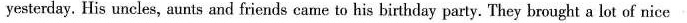
yesterday. His uncles, aunts and friends came to his birthday party. They brought a lot of nice